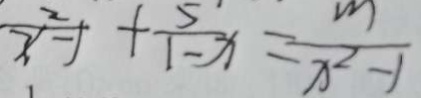
\frac { 2 } { x - 1 } + \frac { 5 } { 1 - x } = \frac { m } { x ^ { 2 } - 1 }